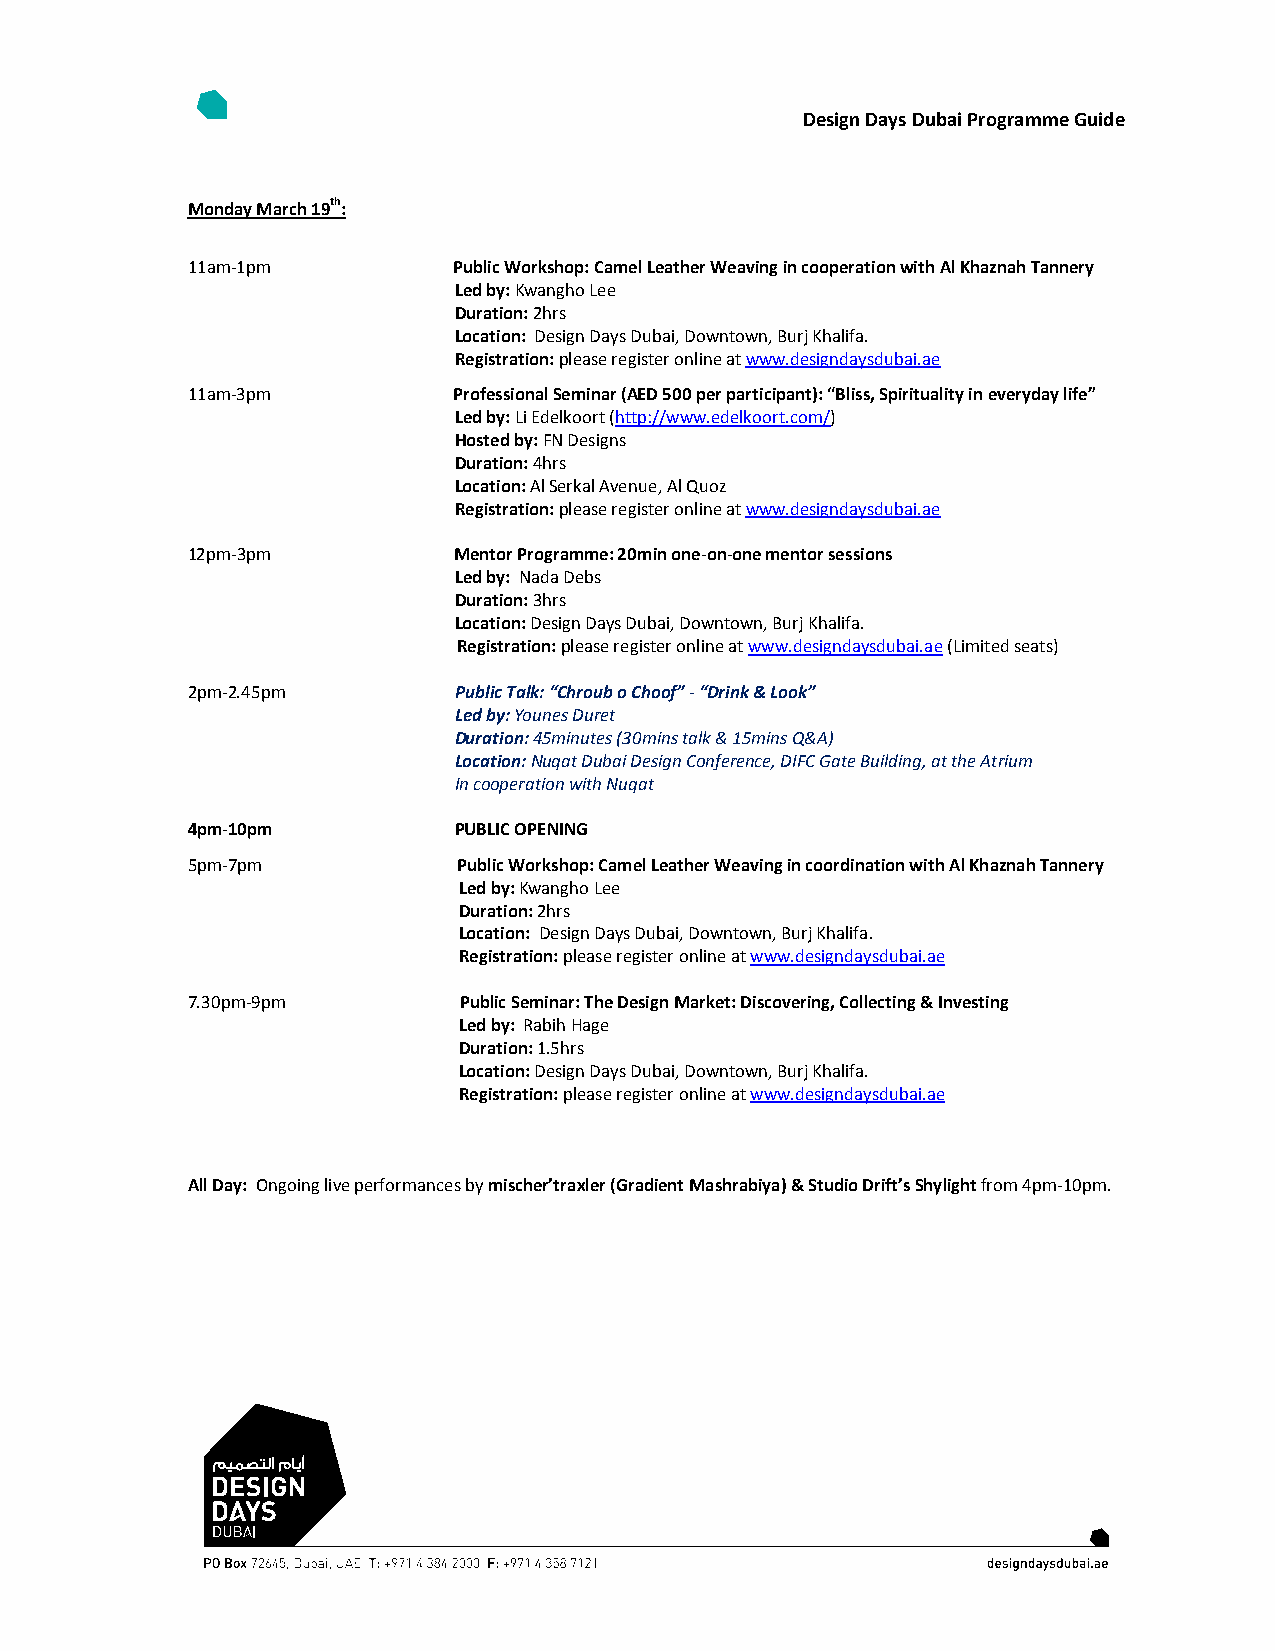
Design Days Dubai Programme Guide
 Monday March 19th:
 11am-1pm          Public Workshop: Camel Leather Weaving in cooperation with Al Khaznah Tannery
 Led by: Kwangho Lee
 Duration: 2hrs
 Location: Design Days Dubai, Downtown, Burj Khalifa.
 Registration: please register online at www.designdaysdubai.ae
 11am-3pm          Professional Seminar (AED 500 per participant): “Bliss, Spirituality in everyday life”
 Led by: Li Edelkoort (http://www.edelkoort.com/)
 Hosted by: FN Designs
 Duration: 4hrs
 Location: Al Serkal Avenue, Al Quoz
 Registration: please register online at www.designdaysdubai.ae
 12pm-3pm          Mentor Programme: 20min one-on-one mentor sessions
 Led by: Nada Debs
 Duration: 3hrs
 Location: Design Days Dubai, Downtown, Burj Khalifa.
 Registration: please register online at www.designdaysdubai.ae (Limited seats)
 2pm-2.45pm        Public Talk: “Chroub o Choof” - “Drink & Look”
 Led by: Younes Duret
 Duration: 45minutes (30mins talk & 15mins Q&A)
 Location: Nuqat Dubai Design Conference, DIFC Gate Building, at the Atrium
 In cooperation with Nuqat
 4pm-10pm          PUBLIC OPENING
 5pm-7pm           Public Workshop: Camel Leather Weaving in coordination with Al Khaznah Tannery
 Led by: Kwangho Lee
 Duration: 2hrs
 Location: Design Days Dubai, Downtown, Burj Khalifa.
 Registration: please register online at www.designdaysdubai.ae
 7.30pm-9pm        Public Seminar: The Design Market: Discovering, Collecting & Investing
 Led by: Rabih Hage
 Duration: 1.5hrs
 Location: Design Days Dubai, Downtown, Burj Khalifa.
 Registration: please register online at www.designdaysdubai.ae
 All Day: Ongoing live performances by mischer’traxler (Gradient Mashrabiya) & Studio Drift’s Shylight from 4pm-10pm.